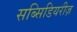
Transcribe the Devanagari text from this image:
सब्सिडियरीज़